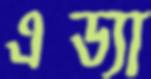
এড্যা